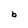
Character: b